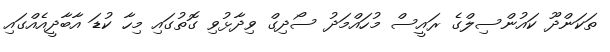
ތަކަންދޫ ކައުންސިލްގެ ރައީސް މުހައްމަދު ސޯދިގް ވިދާޅުވި ގޮތުގައި މިހާ ކުޑަ އާބާދީއެއްގައި